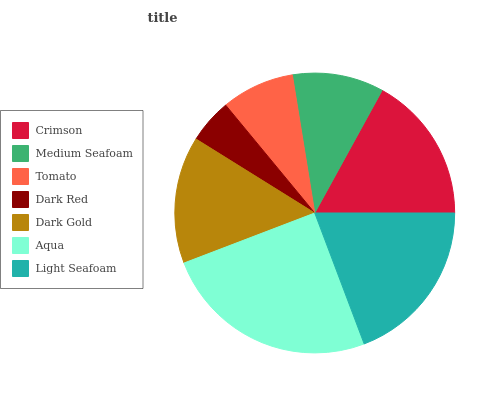
| Crimson | Medium Seafoam | Tomato | Dark Red | Dark Gold | Aqua | Light Seafoam |
 | --- | --- | --- | --- | --- | --- | --- |
 | 17% | 10.5% | 8.43% | 5.14% | 14.7% | 25% | 19.2% |